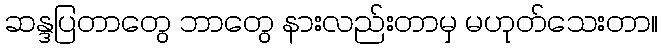
ဆန္ဒပြတာတွေ ဘာတွေ နားလည်းတာမှ မဟုတ်သေးတာ။